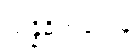
သန္နိဓိကတေန